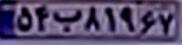
۵۴ب۸۱۹۶۷